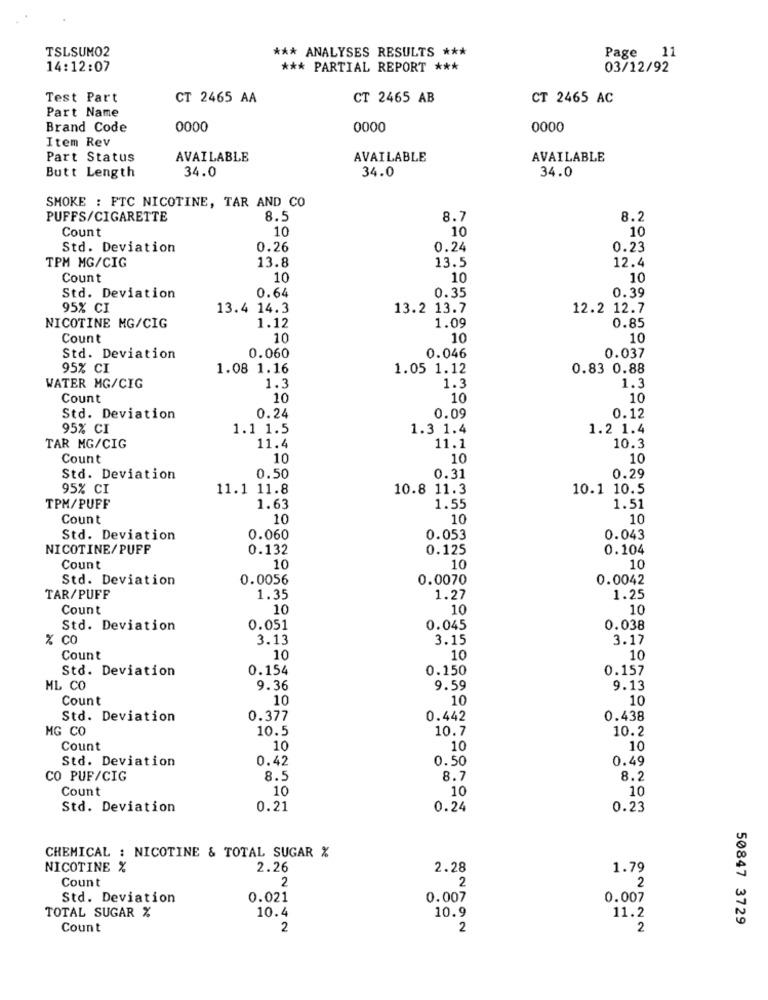
TSLSUMO2
*** ANALYSES RESULTS ***
Page 11
14:12:07
*** PARTIAL REPORT ***
03/12/92
Test Part
CT 2465 AA
CT 2465 AB
CT 2465 AC
Part Name
Brand Code
0000
0000
0000
Item Rev
Part Status
AVAILABLE
AVAILABLE
AVAILABLE
Butt Length
34.0
34.0
34.0
SMOKE : FTC NICOTINE, TAR AND CO
PUFFS/CIGARETTE
8.5
8.7
8.2
Count
10
10
10
Std. Deviation
0.26
0.24
0.23
TPM MG/CIG
13.8
13.5
12.4
Count
10
10
10
0.64
Std. Deviation
0.35
0.39
95% CI
13.4 14.3
13.2 13.7
12.2 12.7
NICOTINE MG/CIG
1.12
1.09
0.85
Count
10
10
10
Std. Deviation
0.060
0.046
0.037
95% CI
1.08 1.16
1.05 1.12
0.83 0.88
1.3
WATER MG/CIG
1.3
1.3
Count
10
10
10
0.24
Std. Deviation
0.09
0.12
95% CI
1.1 1.5
1.3 1.4
1.2 1.4
TAR MG/CIG
11.4
11.1
10.3
Count
10
10
10
Std. Deviation
0.50
0.31
0.29
95% CI
11.1 11.8
10.8 11.3
10.1 10.5
TPM/PUFF
1.63
1.55
1.51
Count
10
10
10
Std. Deviation
0.060
0.053
0.043
NICOTINE/PUFF
0.132
0.125
0.104
Count
10
10
10
Std. Deviation
0.0056
0.0070
0.0042
TAR/PUFF
1.35
1.27
1.25
Count
10
10
10
Std. Deviation
0.051
0.045
0.038
% CO
3.13
3.15
3.17
Count
10
10
10
Std. Deviation
0.154
0.150
0.157
ML CO
9.36
9.59
9.13
Count
10
10
10
Std. Deviation
0.377
0.442
0.438
MG CO
10.5
10.7
10.2
Count
10
10
10
Std. Deviation
0.42
0.50
0.49
CO PUF/CIG
8.5
8.7
8.2
Count
10
10
10
Std. Deviation
0.21
0.24
0.23
CHEMICAL : NICOTINE & TOTAL SUGAR %
NICOTINE %
2.26
2.28
1.79
Count
2
2
2
Std. Deviation
0.021
0.007
0.007
TOTAL SUGAR %
10.4
10.9
11.2
50847 3729
Count
2
2
2